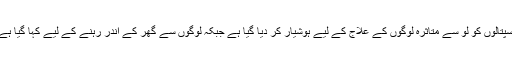
ہسپتالوں کو لو سے متاثرہ لوگوں کے علاج کے لیے ہوشیار کر دیا گيا ہے جبکہ لوگوں سے گھر کے اندر رہنے کے لیے کہا گيا ہے۔